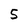
Character: 5